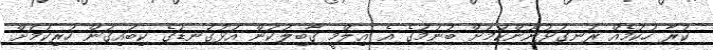
ކުރާ ހުކުމެއް ރަނގަޅުނޫންކަމަށް ބުނުމުގެ އެ ޢިލްމީ ޤާބިލުކަން އަޅުގަނޑުގެ ކިބައިގަން ހުރިކަމަށް